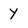
Character: Y